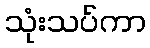
သုံးသပ်ကာ